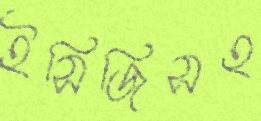
ইসিজিসহ